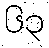
၆၃